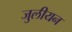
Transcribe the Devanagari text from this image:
जुलीयन